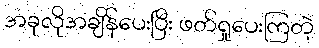
အခုလိုအချိန်ပေးပြီး ဖတ်ရှုပေးကြတဲ့